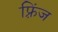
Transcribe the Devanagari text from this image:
फ़्रिंज